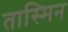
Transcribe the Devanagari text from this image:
तास्मिन